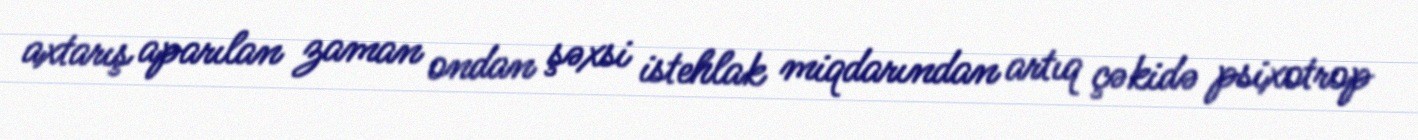
axtarış aparılan zaman ondan şəxsi istehlak miqdarından artıq çəkidə psixotrop